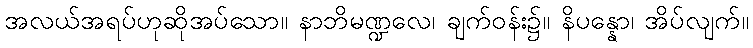
အလယ်အရပ်ဟုဆိုအပ်သော။ နာဘိမဏ္ဍလေ၊ ချက်ဝန်း၌။ နိပန္နော၊ အိပ်လျက်။